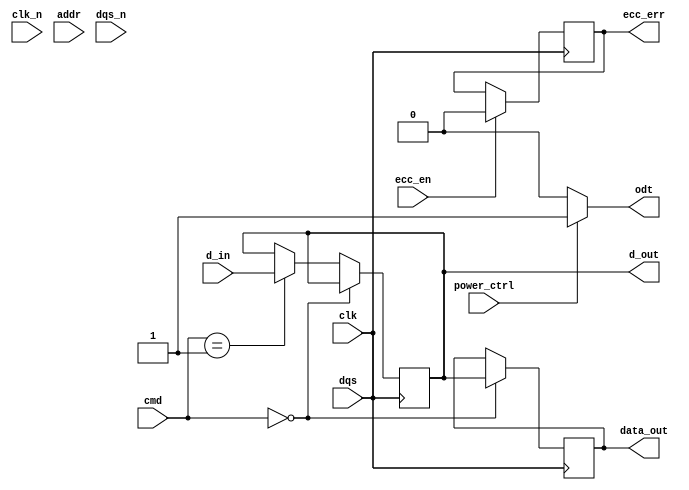
module ddr2_sdram_io_block (
    input wire clk,             // Clock input
    input wire clk_n,           // Complementary clock input
    input wire [15:0] d_in,     // Data input
    output wire [15:0] d_out,   // Data output
    input wire [12:0] addr,     // Address input
    input wire [2:0] cmd,       // Command input
    input wire dqs,             // Data Strobe
    input wire dqs_n,           // Complementary Data Strobe
    output wire odt,            // On-Die Termination
    output wire [15:0] data_out, // Data output to memory
    input wire power_ctrl,       // Power control signal
    input wire ecc_en,           // ECC enable
    output wire ecc_err          // ECC error output
);

// Internal signals
reg [15:0] data_buffer;
reg [15:0] data_out_reg;
reg odt_reg;
reg [3:0] latency; // Latency settings
reg ecc_error;

// Input/Output Buffers
assign d_out = data_buffer; // Bidirectional data buffer
assign data_out = data_out_reg; // Output data to memory

// Command and Address Buffers
wire [12:0] addr_buffer;
wire [2:0] cmd_buffer;
assign addr_buffer = addr; // Unidirectional address buffer
assign cmd_buffer = cmd; // Unidirectional command buffer

// Clock Management
always @(posedge clk or negedge clk_n) begin
    // Clock phase adjustment logic can go here
end

// Data Strobe Generation
assign dqs = clk;   // Simple connection for demonstration
assign dqs_n = ~clk; // Complementary Data Strobe

// Timing Control
always @(posedge clk) begin
    // Read/Write timing logic
    if (cmd_buffer == 3'b000) begin // Example: Read command
        data_out_reg <= data_buffer; // Read data into output register
    end else if (cmd_buffer == 3'b001) begin // Example: Write command
        data_buffer <= d_in; // Write data from input
    end
end

// Signal Conditioning
assign odt = (power_ctrl) ? 1'b1 : 1'b0; // ODT control based on power control

// Power Management
always @(posedge clk) begin
    if (power_ctrl) begin
        // Manage power states (active, idle, self-refresh)
    end
end

// Error Detection (ECC)
always @(posedge clk) begin
    if (ecc_en) begin
        // ECC error detection logic can be implemented here
        ecc_error <= 1'b0; // Reset error flag for demonstration
    end
end

assign ecc_err = ecc_error; // Output ECC error status

// Configuration and Initialization
initial begin
    // Initialization sequence logic can go here
end

// Test and Debug Features
// BIST and debug interfaces can be added here

endmodule